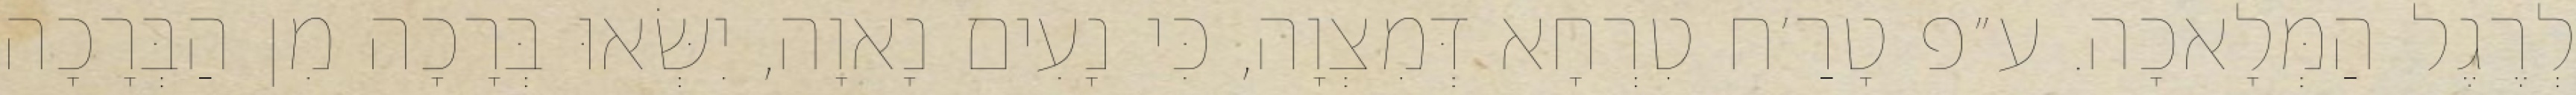
לְרֶגֶל הַמְּלָאכָה. ע״פ טָרַ׳ח טִרְחָא דְּמִצְוָה, כִּי נָעִים נָאוָה, יִשְּׂאוּ בְּרָכָה מִן הַבְּרָכָה